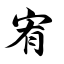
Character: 宥